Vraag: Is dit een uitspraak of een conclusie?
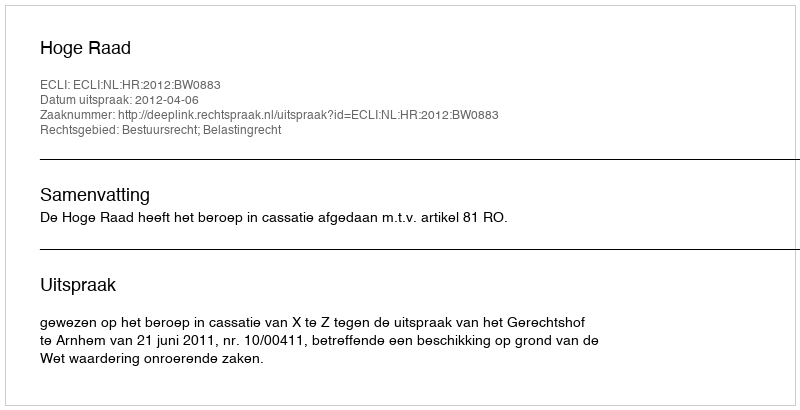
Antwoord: Uitspraak